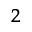
_ { 2 }